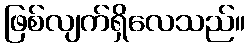
ဖြစ်လျက်ရှိလေသည်။